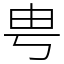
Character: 甹